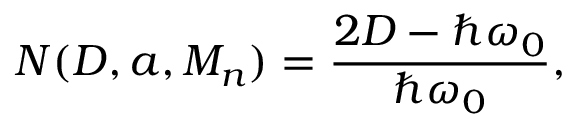
N ( D , a , M _ { n } ) = \frac { 2 D - \hbar \omega _ { 0 } } { \hbar \omega _ { 0 } } ,